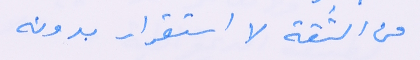
من الثّقة لا استقرار بدونه